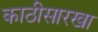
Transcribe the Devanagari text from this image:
काठीसारखा